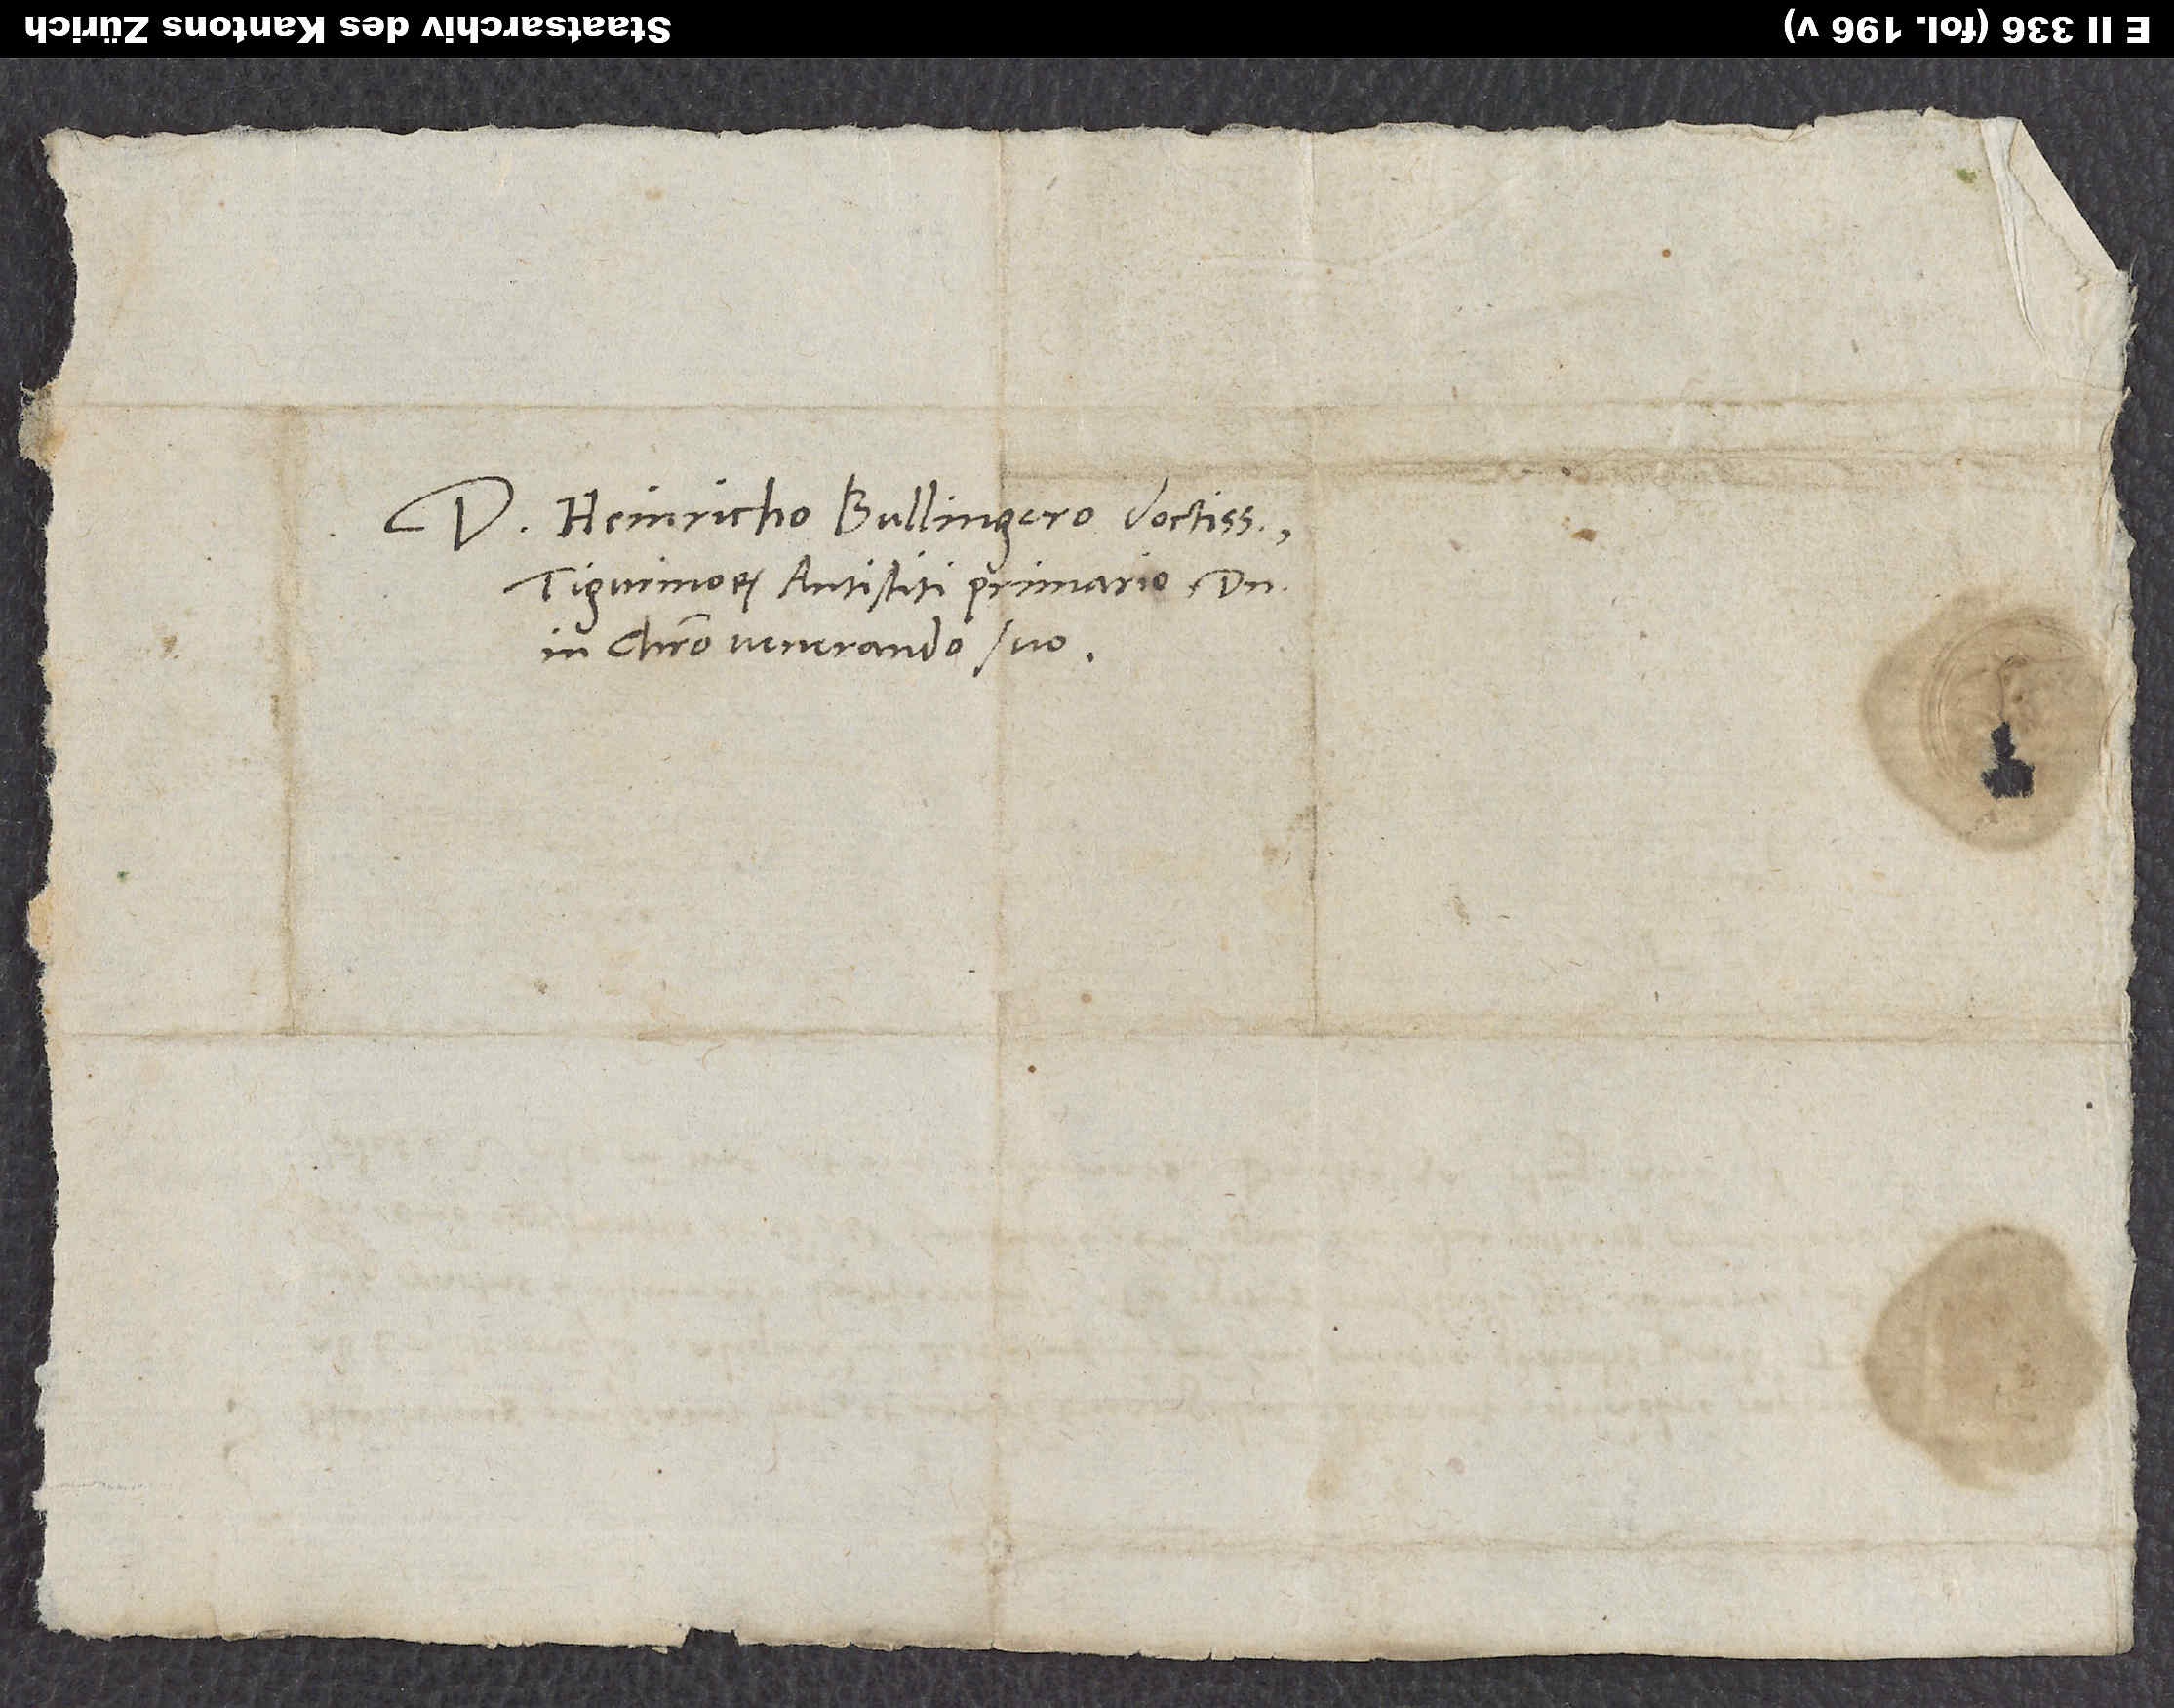
Domino Heinricho Bullingero doctissimo,
Tigurinorum antistiti primario, domino
in Christo venerando suo.